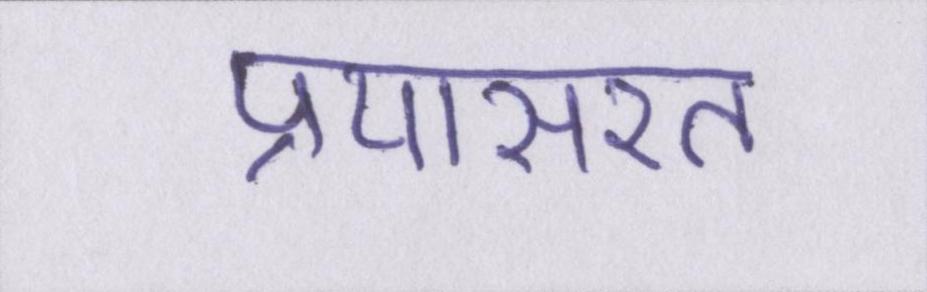
प्रयासरत